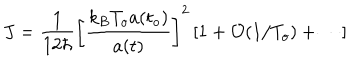
LaTeX: J = \frac { 1 } { 1 2 \hbar } \left[ \frac { k _ { B } T _ { o } a ( t _ { o } ) } { a ( t ) } \right] ^ { 2 } \left[ 1 + { \cal { O } } ( 1 / T _ { o } ) + \cdots \right]